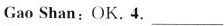
GaoShan:OK,4.___